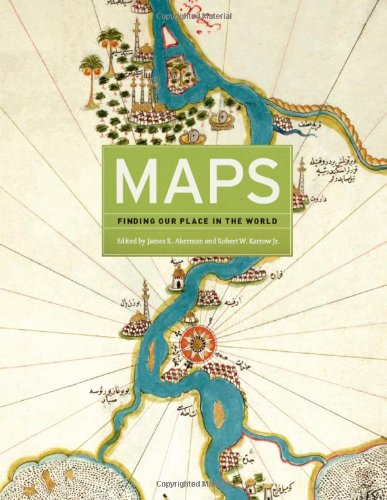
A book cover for Maps: Finding Our Place in the World; Science & Math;